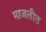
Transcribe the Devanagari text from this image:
माजलीत